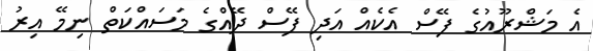
އެ މަޝްރޫއުގެ ފޭސް އެކެއް އަދި ފޭސް ދޭއްގެ މަސައްކަތް ނިމޭ އިރު